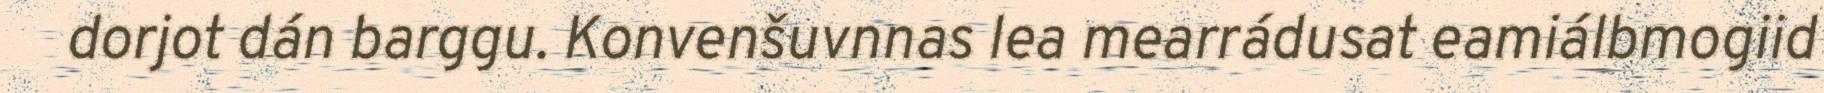
dorjot dán barggu. Konvenšuvnnas lea mearrádusat eamiálbmogiid